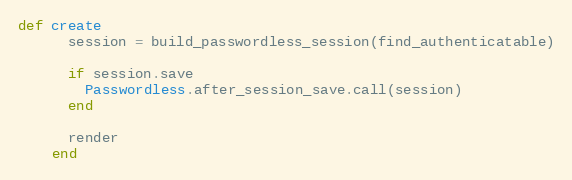
Language: Ruby
def create
      session = build_passwordless_session(find_authenticatable)

      if session.save
        Passwordless.after_session_save.call(session)
      end

      render
    end